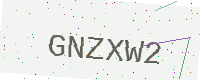
Text: GNZXW2